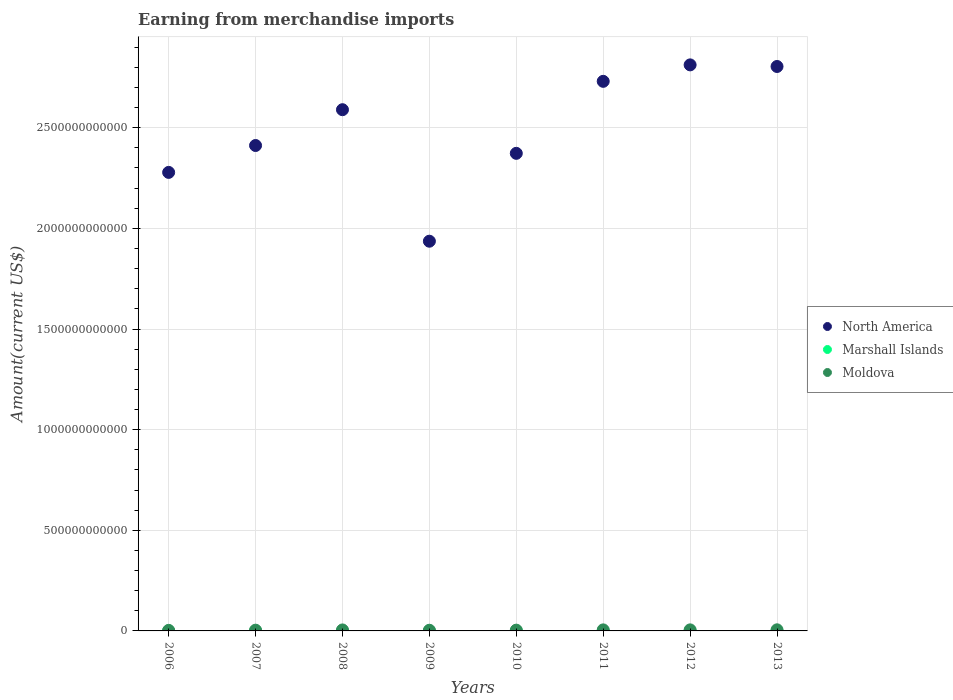
| Years | North America | Marshall Islands | Moldova |
 | --- | --- | --- | --- |
 | 2006 | 2.28e+12 | 9.1e+07 | 2.69e+09 |
 | 2007 | 2.41e+12 | 1e+08 | 3.69e+09 |
 | 2008 | 2.59e+12 | 1e+08 | 4.9e+09 |
 | 2009 | 1.94e+12 | 1.05e+08 | 3.28e+09 |
 | 2010 | 2.37e+12 | 1.5e+08 | 3.86e+09 |
 | 2011 | 2.73e+12 | 1.3e+08 | 5.19e+09 |
 | 2012 | 2.81e+12 | 1.4e+08 | 5.21e+09 |
 | 2013 | 2.8e+12 | 1.4e+08 | 5.49e+09 |